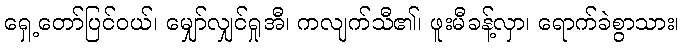
ရှေ့တော်ပြင်ဝယ်၊ မျှော်လျှင်ရှုအီ၊ ကလျက်သီ၏၊ ဖူးမီခန့်လှာ၊ ရောက်ခဲစွာသား၊